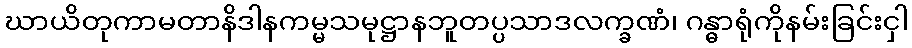
ဃာယိတုကာမတာနိဒါနကမ္မသမုဋ္ဌာနဘူတပ္ပသာဒလက္ခဏံ၊ ဂန္ဓာရုံကိုနမ်းခြင်းငှါ